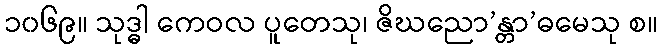
၁၀၆၉။ သုဒ္ဓါ ကေဝလ ပူတေသု၊ ဇိဃညော’န္တာ’ဓမေသု စ။